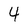
Character: 4